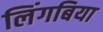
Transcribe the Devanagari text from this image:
लिंगबिया